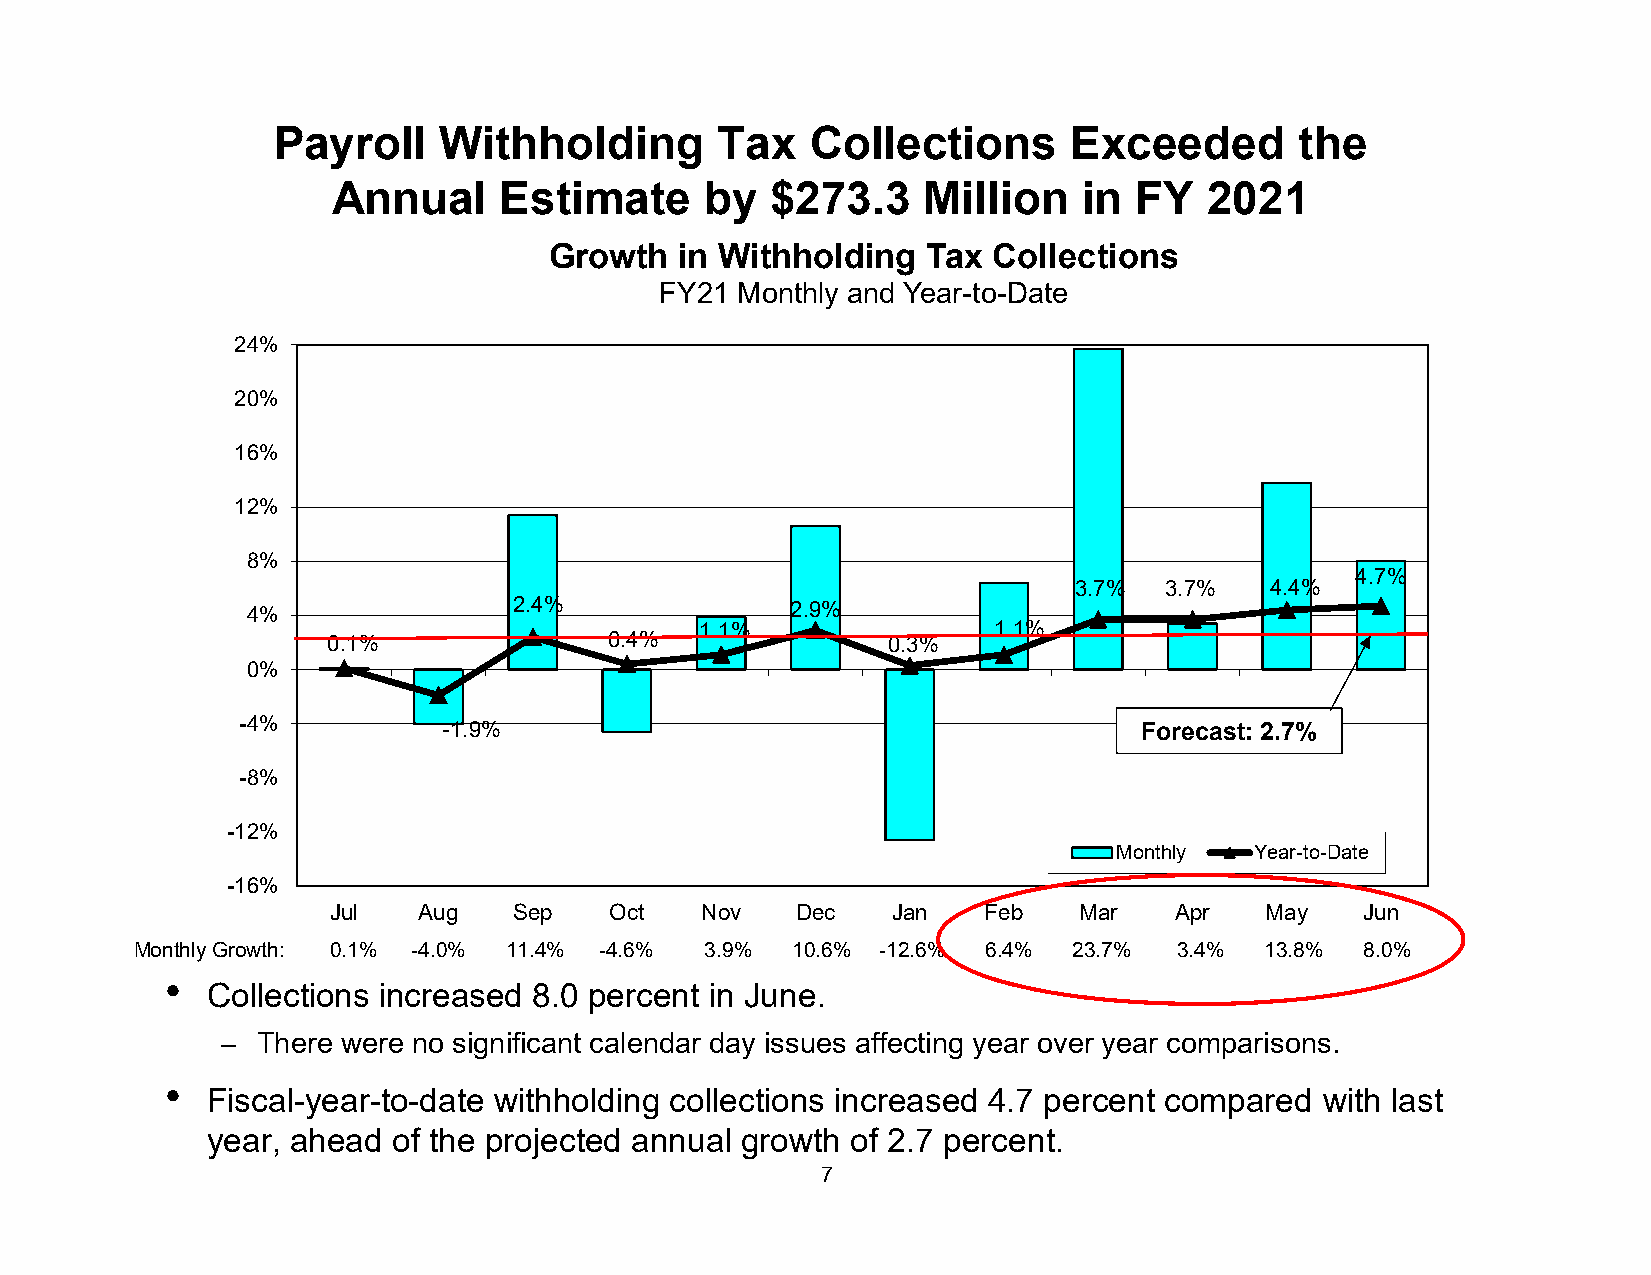
Payroll    Withholding        Tax   Collections      Exceeded       the
 Annual     Estimate      by  $273.3    Million    in FY   2021
 Growth   in Withholding  Tax  Collections
 FY21 Monthly and Year-to-Date
 24%
 20%
 16%
 12%
 8%
 4.7%
 3.7%  3.7%   4.4%
 4%                2.4%              2.9%
 1.1%                1.1%
 0.1%              0.4%               0.3%
 0%
 -4%
 -1.9%                                          Forecast: 2.7%
 -8%
 -12%
 Monthly  Year-to-Date
 -16%
 Jul   Aug   Sep   Oct   Nov    Dec   Jan   Feb   Mar    Apr   May   Jun
 Monthly Growth: 0.1% -4.0% 11.4% -4.6% 3.9% 10.6% -12.6% 6.4% 23.7%  3.4%  13.8% 8.0%
 •
 Collections increased 8.0 percent in June.
 – There were no significant calendar day issues affecting year over year comparisons.
 •
 Fiscal-year-to-date withholding collections increased 4.7 percent compared with last
 year, ahead of the projected annual growth of 2.7 percent.
 7